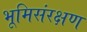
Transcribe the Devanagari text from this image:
भूमिसंरक्षण